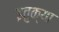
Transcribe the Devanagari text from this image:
इतुक्या